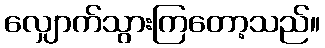
လျှောက်သွားကြတော့သည်။